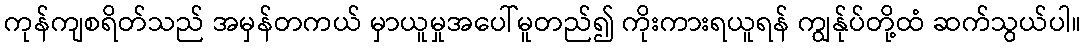
ကုန်ကျစရိတ်သည် အမှန်တကယ် မှာယူမှုအပေါ်မူတည်၍ ကိုးကားရယူရန် ကျွန်ုပ်တို့ထံ ဆက်သွယ်ပါ။